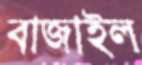
বাজাইল